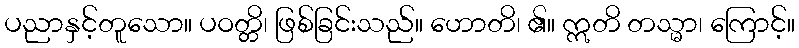
ပညာနှင့်တူသော။ ပဝတ္တိ၊ ဖြစ်ခြင်းသည်။ ဟောတိ၊ ၏။ ဣတိ တသ္မာ၊ ကြောင့်။